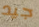
جيد